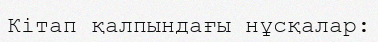
Кітап қалпындағы нұсқалар: